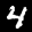
Label: 4